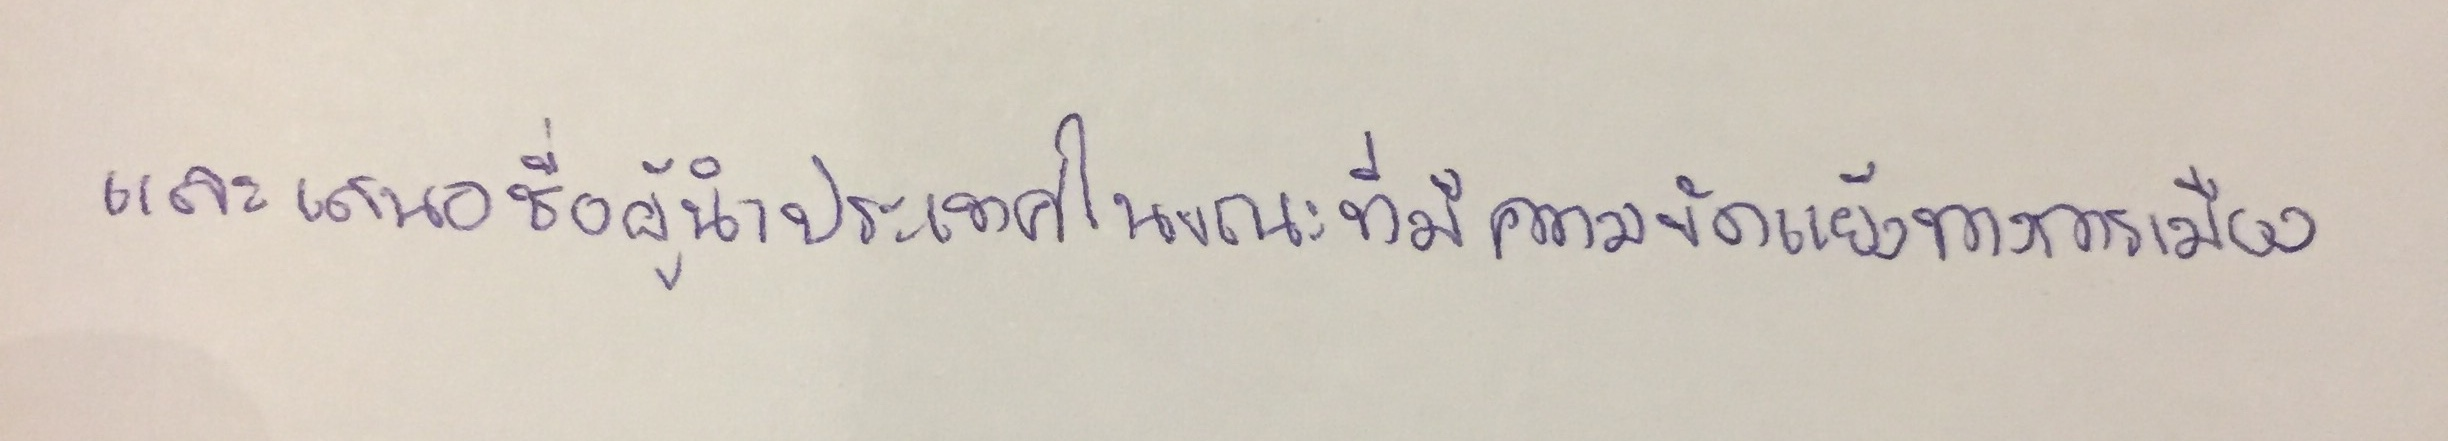
และเสนอชื่อผู้นำประเทศในขณะที่มีความขัดแย้งทางการเมือง